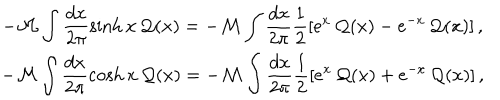
\begin{array} { c } { { \displaystyle - { \cal M } \displaystyle \int \displaystyle \frac { d x } { 2 \pi } \sinh x \, { \cal Q } ( x ) = - { \cal M } \displaystyle \int \displaystyle \frac { d x } { 2 \pi } \displaystyle \frac { 1 } { 2 } [ e ^ { x } \, { \cal Q } ( x ) - e ^ { - x } \, { \cal Q } ( x ) ] \, , } } \\ { { - { \cal M } \displaystyle \int \displaystyle \frac { d x } { 2 \pi } \cosh x \, { \cal Q } ( x ) = - { \cal M } \displaystyle \int \displaystyle \frac { d x } { 2 \pi } \displaystyle \frac { 1 } { 2 } [ e ^ { x } \, { \cal Q } ( x ) + e ^ { - x } \, { \cal Q } ( x ) ] \, , } } \\ \end{array}